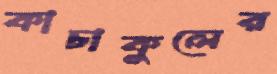
কাচাকুলের